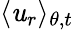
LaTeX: \langle\mathit{u}_{r}\rangle_{\theta,t}